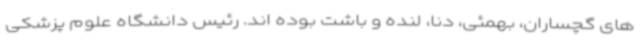
های گچساران، بهمئی، دنا، لنده و باشت بوده اند. رئیس دانشگاه علوم پزشکی